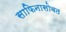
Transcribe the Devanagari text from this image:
साफिनासोबत